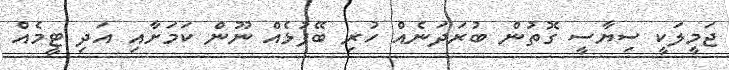
ޖަމީލަކީ ސިޔާސީ ގޮތުން ބުރަދަނެއް ހުރި ބޭފުޅެއް ނޫން ކަމަށާއި އަދި ޓީމެއް